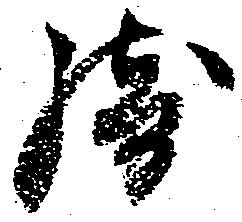
騎